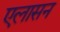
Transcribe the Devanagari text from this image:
एलासन